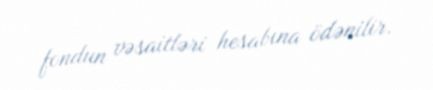
fondun vəsaitləri hesabına ödənilir.